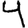
Digit: 4